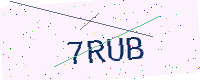
Text: 7RUB